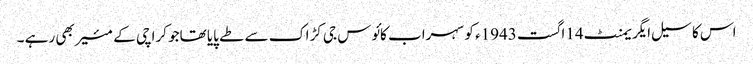
اس کا سیل ایگریمنٹ 14اگست 1943ء کو سہراب کائوس جی کڑاک سے طے پایا تھاجو کراچی کے مئیر بھی رہے ۔